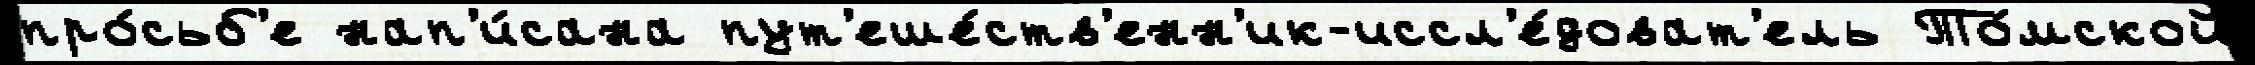
про́сьб'е нап'и́сана пут'еше́ств'енн'ик-иссл'е́доват'ель То́мской